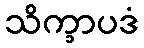
သိက္ခာပဒံ